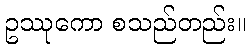
ဥဿုကော စသည်တည်း။